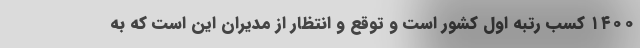
۱۴۰۰ کسب رتبه اول کشور است و توقع و انتظار از مدیران این است که به